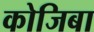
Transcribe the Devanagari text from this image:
कोजिबा